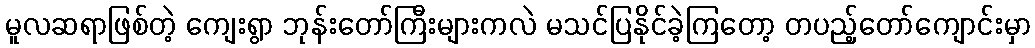
မူလဆရာဖြစ်တဲ့ ကျေးရွာ ဘုန်းတော်ကြီးများကလဲ မသင်ပြနိုင်ခဲ့ကြတော့ တပည့်တော်ကျောင်းမှာ